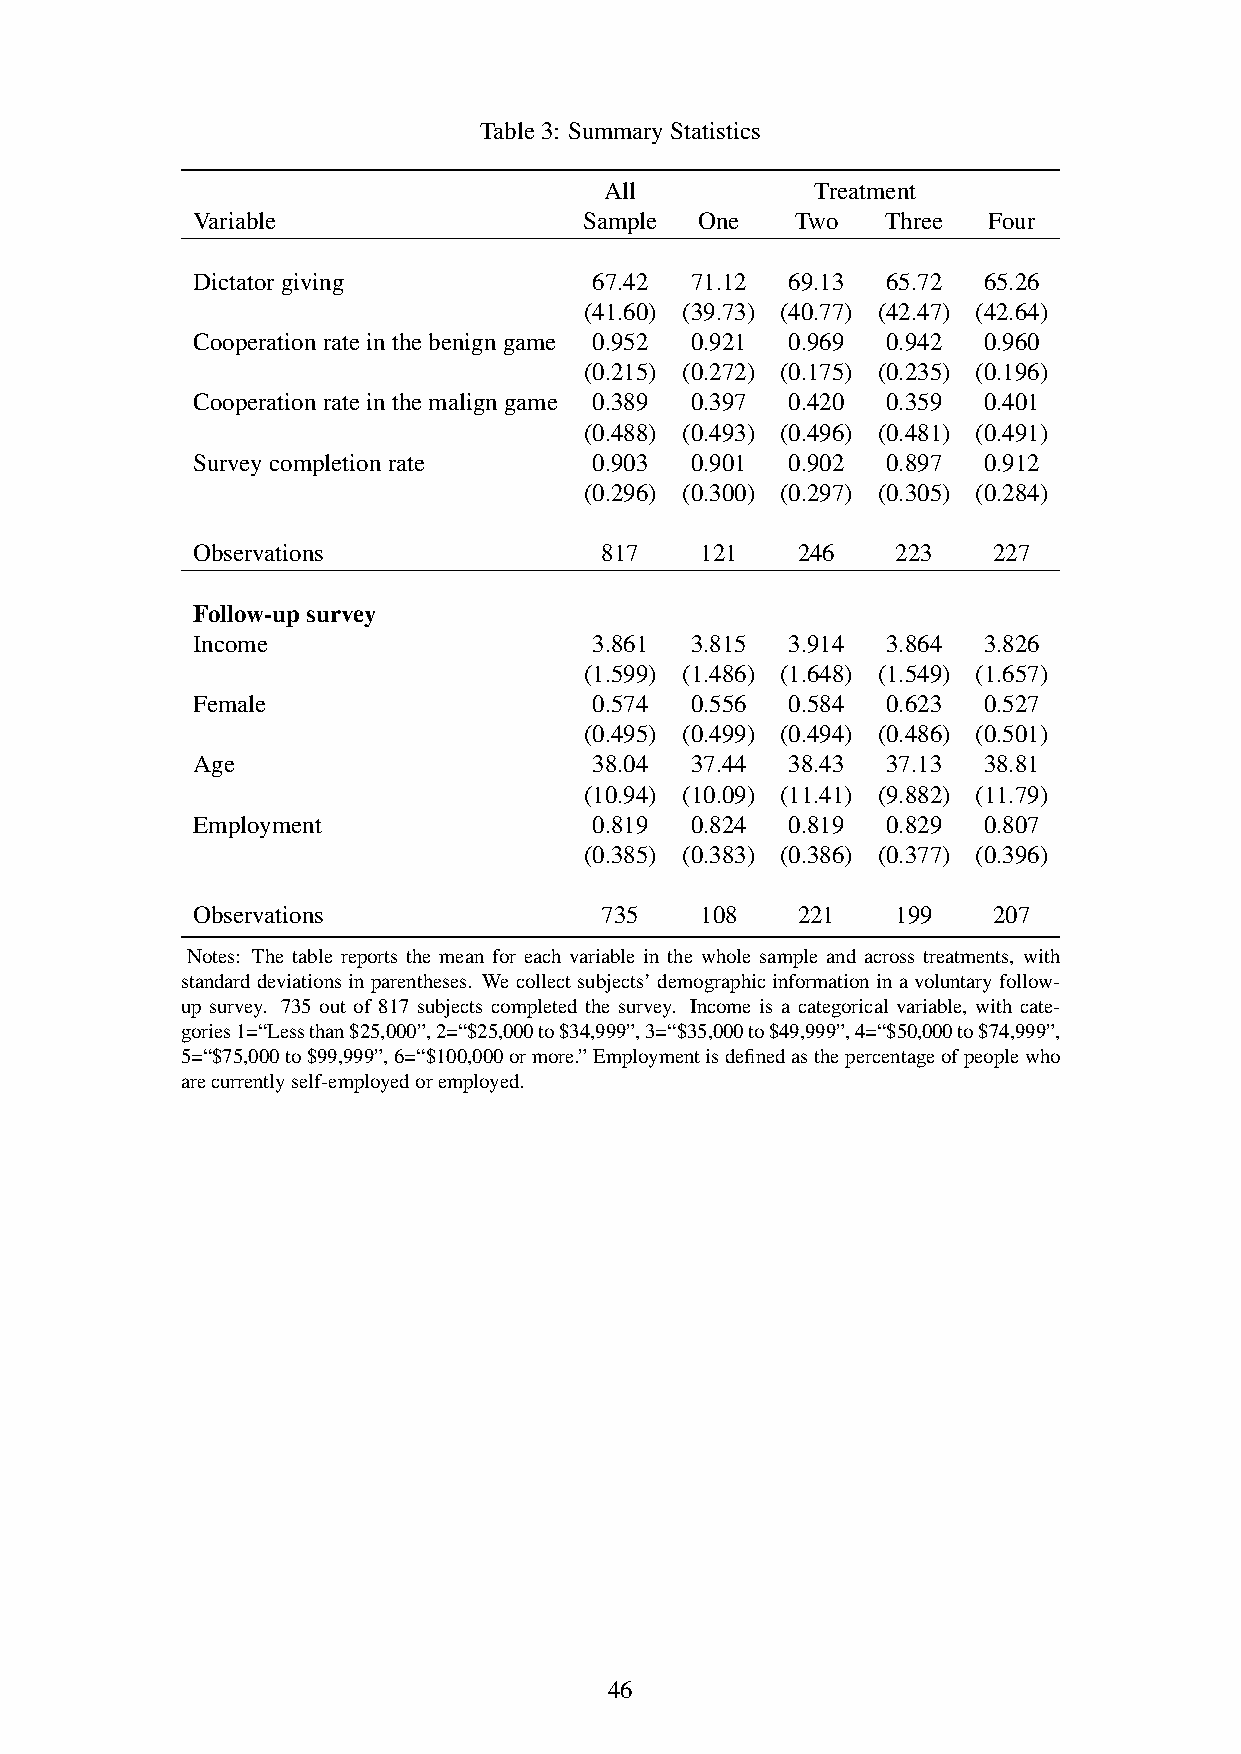
Table3: SummaryStatistics
 All           Treatment
 Variable                  Sample One    Two   Three Four
 Dictatorgiving            67.42  71.12 69.13  65.72 65.26
 (41.60) (39.73) (40.77) (42.47) (42.64)
 Cooperationrateinthebenigngame 0.952 0.921 0.969 0.942 0.960
 (0.215) (0.272) (0.175) (0.235) (0.196)
 Cooperationrateinthemaligngame 0.389 0.397 0.420 0.359 0.401
 (0.488) (0.493) (0.496) (0.481) (0.491)
 Surveycompletionrate      0.903  0.901 0.902  0.897 0.912
 (0.296) (0.300) (0.297) (0.305) (0.284)
 Observations               817   121    246   223    227
 Follow-upsurvey
 Income                    3.861  3.815 3.914  3.864 3.826
 (1.599) (1.486) (1.648) (1.549) (1.657)
 Female                    0.574  0.556 0.584  0.623 0.527
 (0.495) (0.499) (0.494) (0.486) (0.501)
 Age                       38.04  37.44 38.43  37.13 38.81
 (10.94) (10.09) (11.41) (9.882) (11.79)
 Employment                0.819  0.824 0.819  0.829 0.807
 (0.385) (0.383) (0.386) (0.377) (0.396)
 Observations               735   108    221   199    207
 Notes: The table reports the mean for each variable in the whole sample and across treatments, with
 standarddeviationsinparentheses. Wecollectsubjects’demographicinformationinavoluntaryfollow-
 up survey. 735 out of 817 subjects completed the survey. Income is a categorical variable, with cate-
 gories1=“Lessthan$25,000”,2=“$25,000to$34,999”,3=“$35,000to$49,999”,4=“$50,000to$74,999”,
 5=“$75,000to$99,999”,6=“$100,000ormore.”Employmentisdefinedasthepercentageofpeoplewho
 arecurrentlyself-employedoremployed.
 46